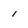
Character: 1